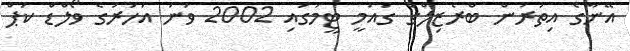
އޭނާގެ އިތުރުން ބްރެޒިލްގެ ގައުމީ ޓީމުގައި 2002 ވަނަ އަހަރުގެ ވޯލްޑް ކަޕް